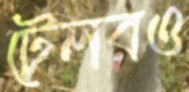
টেলরও